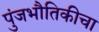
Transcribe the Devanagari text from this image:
पुंजभौतिकीचा